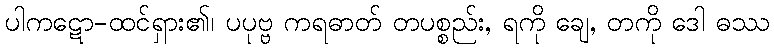
ပါကဋော-ထင်ရှား၏၊ ပပုဗ္ဗ ကရဓာတ် တပစ္စည်း, ရကို ချေ, တကို ဒေါ ဓဿ